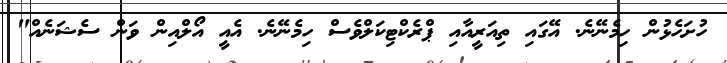
ހުށަހެޅުން ހިމެނޭނެ. އޭގައި ތިއަރީއާއި ޕްރެކްޓިކަލްވެސް ހިމެނޭނެ. އެއީ އޯލްއިން ވަން ސެޝަނެއް"